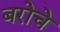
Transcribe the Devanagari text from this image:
बरोचे